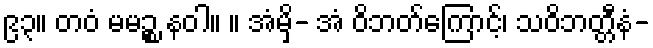
၉၃။ တဝံ မမဉ္စ နဝါ။ ။ အံမှိ- အံ ဝိဘတ်ကြောင့်၊ သဝိဘတ္တီနံ-